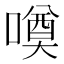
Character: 𱔥